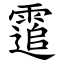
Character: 䨨